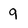
Character: 9